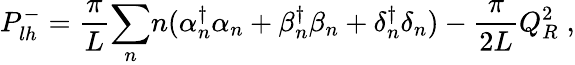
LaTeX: P_{lh}^{-}={\frac{\pi}{L}}{\sum_{n}}n(\alpha{_n^{\dagger}}\alpha_{n}+\beta{_n^{\dagger}}\beta_{n}+\delta{_n^{\dagger}}\delta_{n})-{\frac{\pi}{2L}}Q_{R}^{2}\; ,